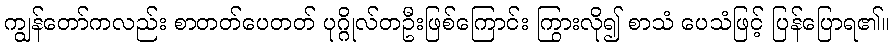
ကျွန်တော်ကလည်း စာတတ်ပေတတ် ပုဂ္ဂိုလ်တဦးဖြစ်ကြောင်း ကြွားလို၍ စာသံ ပေသံဖြင့် ပြန်ပြောရ၏။